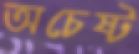
অচেষ্ট